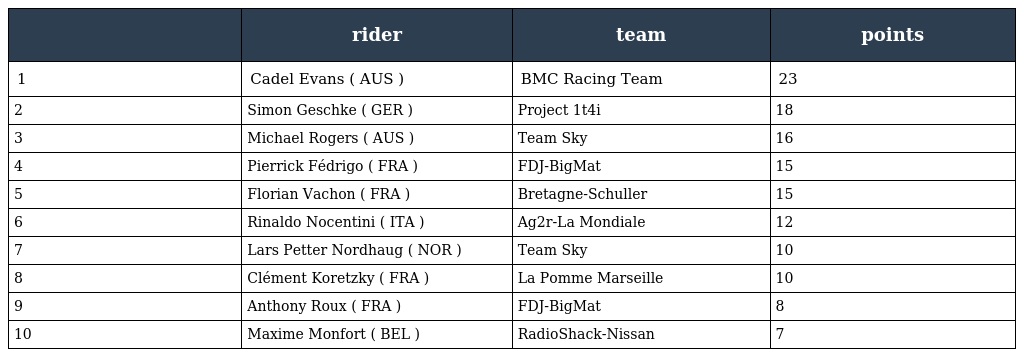
|  | rider | team | points |
 | --- | --- | --- | --- |
 | 1 | Cadel Evans ( AUS ) | BMC Racing Team | 23 |
 | 2 | Simon Geschke ( GER ) | Project 1t4i | 18 |
 | 3 | Michael Rogers ( AUS ) | Team Sky | 16 |
 | 4 | Pierrick Fédrigo ( FRA ) | FDJ-BigMat | 15 |
 | 5 | Florian Vachon ( FRA ) | Bretagne-Schuller | 15 |
 | 6 | Rinaldo Nocentini ( ITA ) | Ag2r-La Mondiale | 12 |
 | 7 | Lars Petter Nordhaug ( NOR ) | Team Sky | 10 |
 | 8 | Clément Koretzky ( FRA ) | La Pomme Marseille | 10 |
 | 9 | Anthony Roux ( FRA ) | FDJ-BigMat | 8 |
 | 10 | Maxime Monfort ( BEL ) | RadioShack-Nissan | 7 |